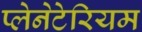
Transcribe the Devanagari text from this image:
प्‍लेनेटेरियम